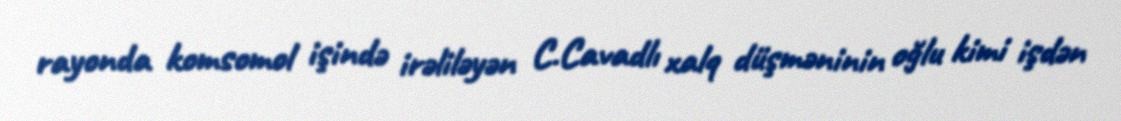
rayonda komsomol işində irəliləyən C.Cavadlı xalq düşməninin oğlu kimi işdən